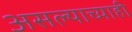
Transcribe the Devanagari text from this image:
असल्याच्याही